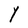
Character: Y